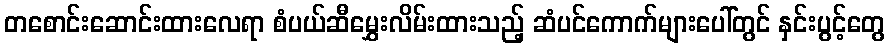
တစောင်းဆောင်းထားလေရာ စံပယ်ဆီမွှေးလိမ်းထားသည့် ဆံပင်ကောက်များပေါ်တွင် နှင်းပွင့်တွေ